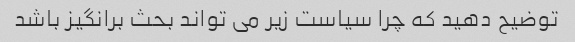
توضیح دهید که چرا سیاست زیر می تواند بحث برانگیز باشد